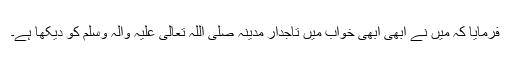
فرمایا کہ میں نے ابھی ابھی خواب میں تاجدار مدینہ صلی اللہ تعالیٰ علیہ واٰلہ وسلم کو دیکھا ہے۔